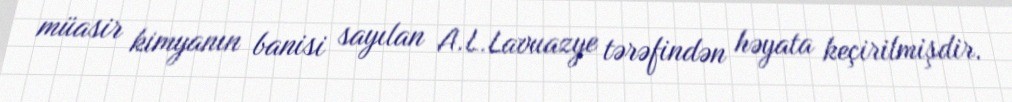
müasir kimyanın banisi sayılan A.L.Lavuazye tərəfindən həyata keçirilmişdir.